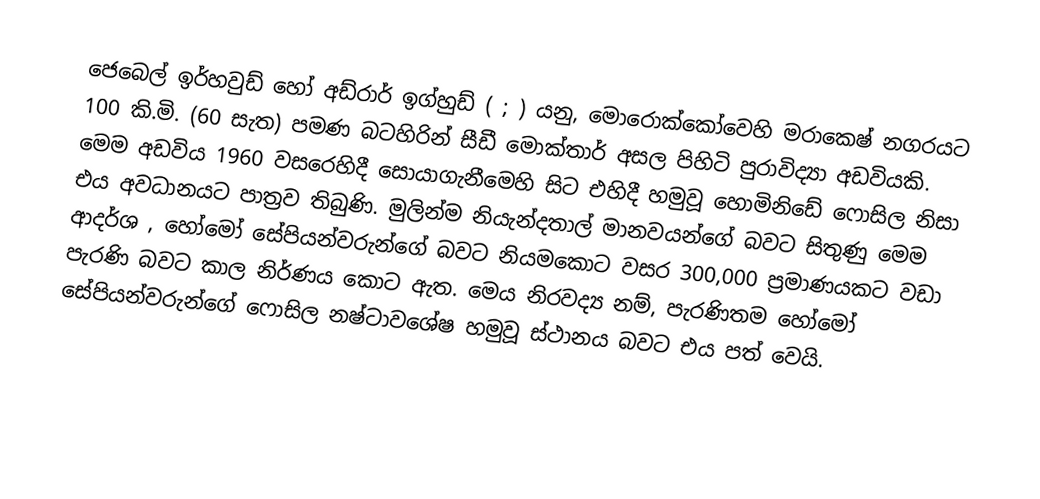
ජෙබෙල් ඉර්හවුඩ් හෝ අඩ්රාර් ඉග්හුඩ් ( ; ) යනු, මොරොක්කෝවෙහි මරාකෙෂ් නගරයට 100 කි.මි. (60 සැත)  පමණ බටහිරින් සීඩී මොක්තාර් අසල පිහිටි පුරාවිද්‍යා අඩවියකි. මෙම අඩවිය 1960 වසරෙහිදී සොයාගැනීමෙහි සිට එහිදී හමුවූ හොමිනිඩේ ෆොසිල නිසා එය අවධානයට පාත්‍රව තිබුණි. මුලින්ම  නියැන්දතාල් මානවයන්ගේ බවට සිතුණු මෙම ආදර්ශ , හෝමෝ සේපියන්වරුන්ගේ බවට නියමකොට වසර 300,000 ප්‍රමාණයකට වඩා පැරණි බවට කාල නිර්ණය කොට ඇත. මෙය නිරවද්‍ය නම්, පැරණිතම හෝමෝ සේපියන්වරුන්ගේ ෆොසිල නෂ්ටාවශේෂ හමුවූ ස්ථානය බවට එය පත් වෙයි.